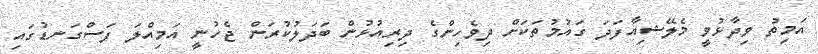
އަމިތު ވިދާޅުވީ މެލޭޝިއާފަދަ ގައުމުތަކަށް ދިވެހިންގެ ދިރިއުޅުން ބަދަލުކުރަން ޖެހުނީ އަމިއްލަ ފަސްގަނޑުގައި